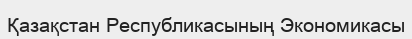
Қазақстан Республикасының Экономикасы